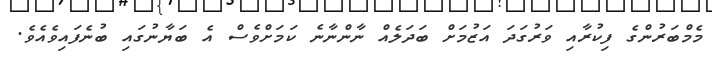
މެމްބަރުންގެ ފިކުރާއި ވަރުގަދަ އަޒުމަށް ބަދަލެއް ނާންނާނެ ކަމަށްވެސް އެ ބަޔާނުގައި ބުނެފައިވެއެވެ.